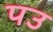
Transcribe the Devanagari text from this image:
पउ